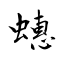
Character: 蟪